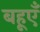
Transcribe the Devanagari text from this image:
बहूएँ